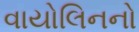
વાયોલિનનો